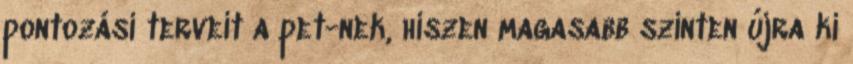
pontozási terveit a pet-nek, hiszen magasabb szinten újra ki